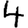
Digit: 4